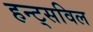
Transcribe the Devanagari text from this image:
हन्ट्सविल